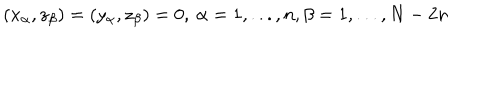
( x _ { \alpha } , z _ { \beta } ) = ( y _ { \alpha } , z _ { \beta } ) = 0 , \: \alpha = 1 , . . . , n , \beta = 1 , . . . , N - 2 n